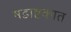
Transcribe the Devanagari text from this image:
षडाष्टकात